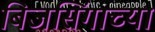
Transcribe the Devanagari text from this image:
बिजसिंगाच्या